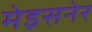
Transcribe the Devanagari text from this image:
मेइसनेर